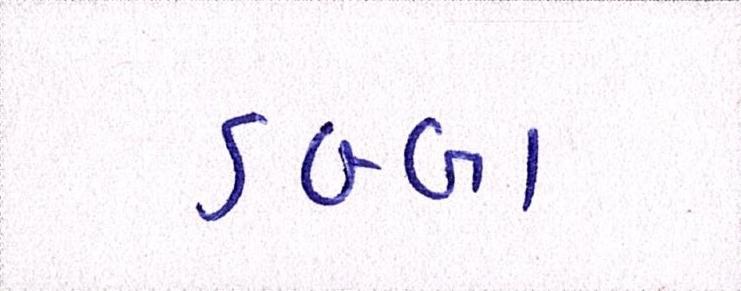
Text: ડબ્બા